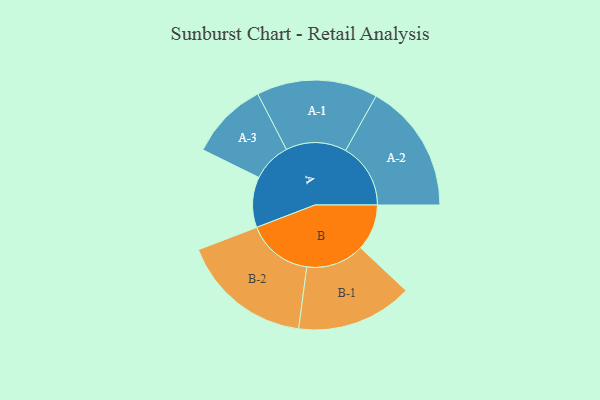
{"axis": {"x": "Segment", "y": "Value"}, "legend": ["", "A", "B"], "data": [{"x": "A", "y": 191, "type": ""}, {"x": "B", "y": 175, "type": ""}, {"x": "A-1", "y": 229, "type": "A"}, {"x": "A-2", "y": 246, "type": "A"}, {"x": "A-3", "y": 148, "type": "A"}, {"x": "B-1", "y": 220, "type": "B"}, {"x": "B-2", "y": 249, "type": "B"}]}